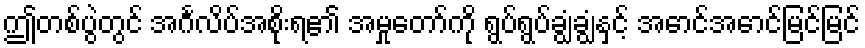
ဤတစ်ပွဲတွင် အင်္ဂလိပ်အစိုးရ၏ အမှုတော်ကို ရွပ်ရွပ်ချွံချွံနှင့် အောင်အောင်မြင်မြင်